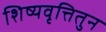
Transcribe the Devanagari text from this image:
शिष्यवृत्तितुन